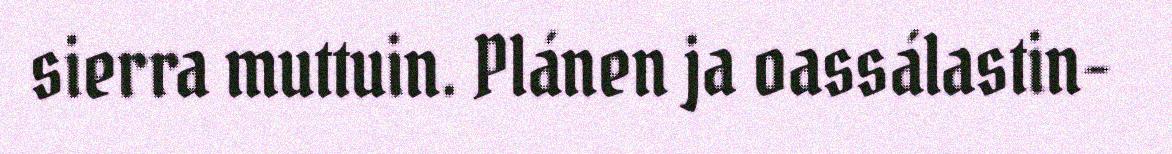
sierra muttuin. Plánen ja oassálastin-